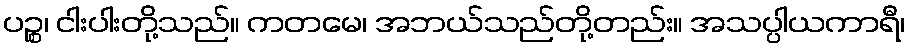
ပဉ္စ၊ ငါးပါးတို့သည်။ ကတမေ၊ အဘယ်သည်တို့တည်း။ အသပ္ပါယကာရီ၊